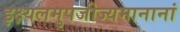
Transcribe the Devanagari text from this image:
इक्ष्यलमुपजीज्यमानानां